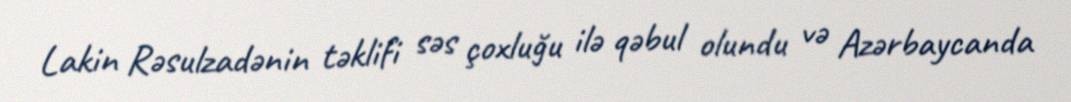
Lakin Rəsulzadənin təklifi səs çoxluğu ilə qəbul olundu və Azərbaycanda